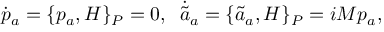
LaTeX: \dot { p } _ { a } = \{ p _ { a } , H \} _ { P } = 0 , \; \; \dot { \tilde { a } } { } _ { a } = \{ \tilde { a } _ { a } , H \} _ { P } = i M p _ { a } , \nonumber